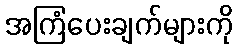
အကြံပေးချက်များကို